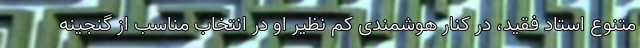
متنوع استاد فقید، در کنار هوشمندی کم نظیر او در انتخاب مناسب از گنجینه